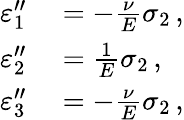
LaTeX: \begin{array}{rl}{\varepsilon_{1}^{\prime\prime}}&{{}=-{\frac{\nu}{E}}\sigma_{2}\, ,}\\ {\varepsilon_{2}^{\prime\prime}}&{{}={\frac{1}{E}}\sigma_{2}\, ,}\\ {\varepsilon_{3}^{\prime\prime}}&{{}=-{\frac{\nu}{E}}\sigma_{2}\, ,}\end{array}